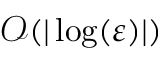
{ \mathcal { O } } ( | \log ( \varepsilon ) | )